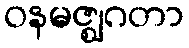
ဝနမဇ္ဈဂတာ